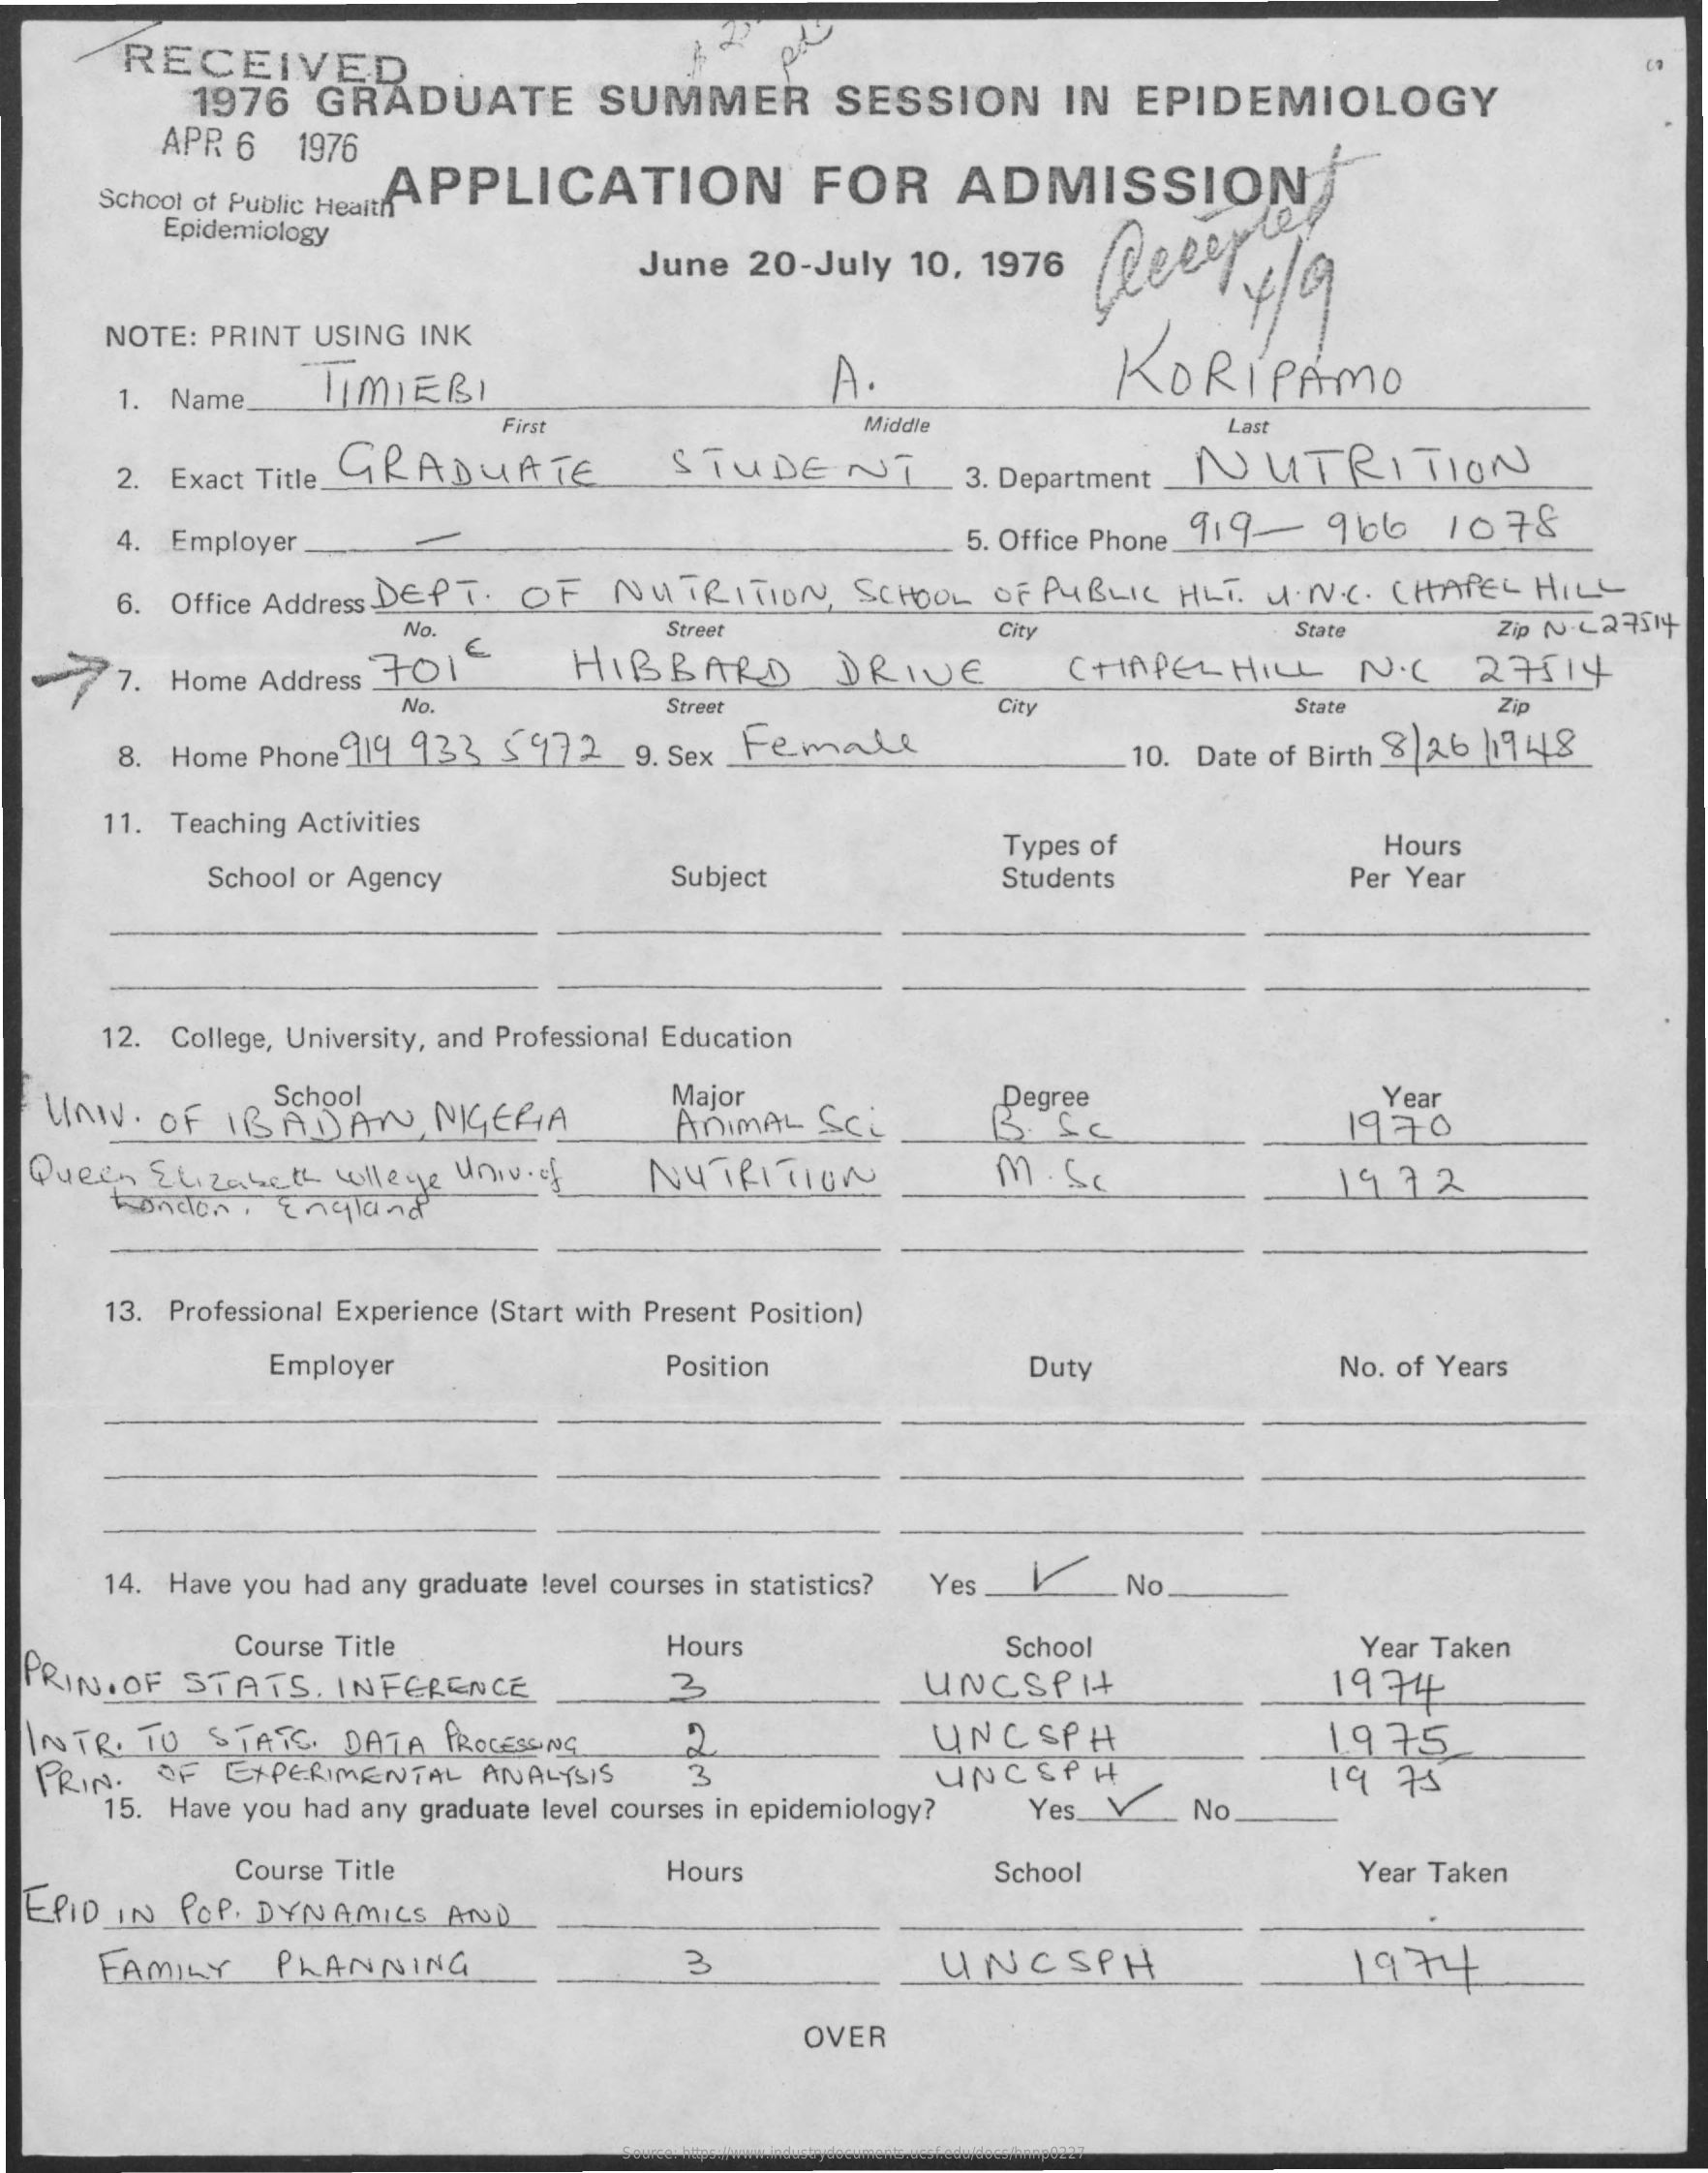
RECEIVED
     1976 GRADUATE    SUMMER    SESSION   IN EPIDEMIOLOGY
     APR 6 1976
     School of Public HealthAPPLICATION FOR ADMISSION
     Epidemiology
     June 20-July 10, 1976    4/9
     NOTE: PRINT USING INK
     KORIPAMO
     1. Name
     TIMIERI    A
     Middle
     GRADUATE
     First    Last
     2. Exact Title    STUDENT    3. Department NUTRITION
     4. Employer    5. Office Phone. 919- 966 1078
     6. Office Address DEPT. OF NUTRITION, SCHOOL OF PUBLIC HLT. U.N.C. CHAPEL HILL
     No.    Street    City
    77. Home Address 7016 HIBBARD    DRIVE
     State   Zip NV-429514-
     CHAPEL HILL  NIC  27514
     No.    Street    City    State    Zip
     8. Home Phone919 933 5972 9. Sex Female    10. Date of Birth 8 26 19 48
     11. Teaching Activities
     School or Agency    Subject
     Types of    Hours
     Students    Per Year
     12. College, University, and Professional Education
  UNIV. OF IBADAN  NIGERIA
     School    Major
     ANIMAL Sci
     Degree    Year
     1970
  Queen Elizabeth wllege Univ.of NUTRITION  M . Sc
     London , England
     1972
     13. Professional Experience (Start with Present Position)
     Employer    Position    Duty    No. of Years
     14. Have you had any graduate level courses in statistics? Yes V No
     Course Title
  PRIN. OF STATS. INFERENCE
     Hours    School    Year Taken
     UNCSPIT    19.74
  INTR. TO STATS. DATA PROCESSING    UNCSPH    1975
  PRIN. OF EXPERIMENTAL ANALYSIS
     15. Have you had any graduate level courses in epidemiology?
     UNCEPH
     Yes V_ No.
     19 75
     Course Title
  EPID IN POP . DYNAMICS AND
     Hours    School    Year Taken
     FAMILY PLANNING    UNCSPH    1974
     OVER
     Source: https://www.industrydocuments.ucsf.edu/docs/hnnp0227